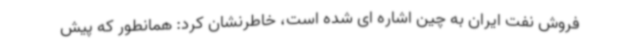
فروش نفت ایران به چین اشاره ای شده است، خاطرنشان کرد: همانطور که پیش